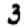
Digit: 3